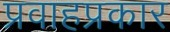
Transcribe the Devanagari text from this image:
प्रवाहप्रकार